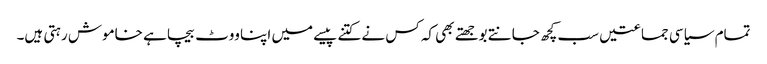
تمام سیاسی جماعتیں سب کچھ جانتے بوجھتے بھی کہ کس نے کتنے پیسے میں اپنا ووٹ بیچا ہے خاموش رہتی ہیں۔